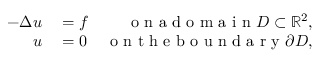
\begin{array} { r l r } { - \Delta u } & { { } = f } & { \mathrm { ~ o ~ n ~ a ~ d ~ o ~ m ~ a ~ i ~ n ~ } D \subset \mathbb { R } ^ { 2 } , } \\ { u } & { { } = 0 } & { \mathrm { ~ o ~ n ~ t ~ h ~ e ~ b ~ o ~ u ~ n ~ d ~ a ~ r ~ y ~ } \partial D , } \end{array}